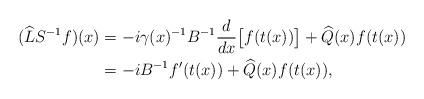
LaTeX: \begin{align*} (\widehat{L} S^{-1} f)(x) &= -i \gamma(x)^{-1} B^{-1} \frac{d}{dx}\bigl[f(t(x))\bigr] + \widehat{Q}(x) f(t(x)) \\ &= -i B^{-1} f'(t(x)) + \widehat{Q}(x) f(t(x)),\end{align*}